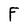
Character: F